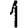
Digit: 1